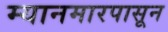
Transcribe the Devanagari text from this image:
म्यानमारपासून